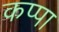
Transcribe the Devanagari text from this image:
कप्‍पा